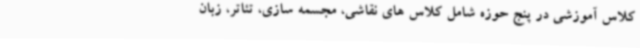
کلاس آموزشی در پنج حوزه شامل کلاس های نقاشی، مجسمه سازی، تئاتر، زبان